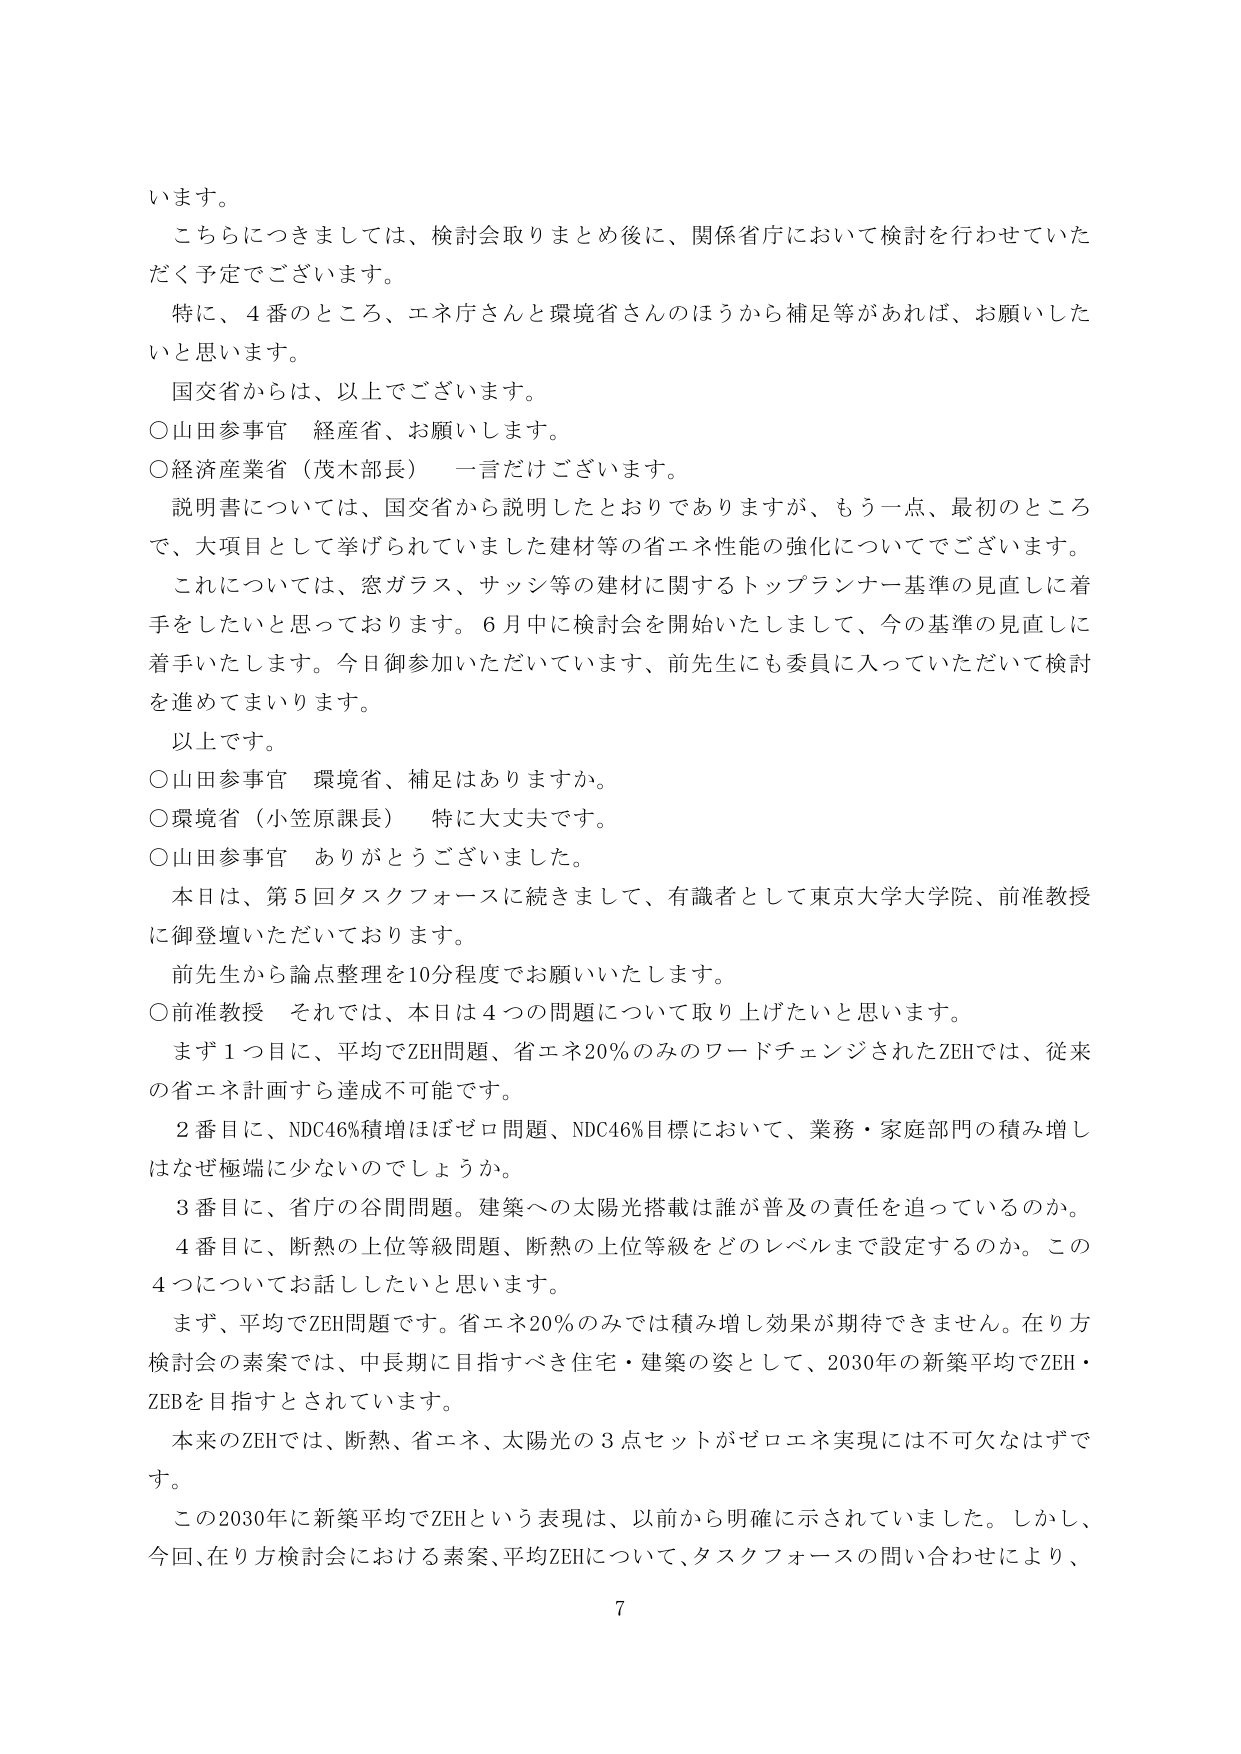
います。

こちらにつきましては、検討会取りまとめ後に、関係省庁において検討を行わせていただく予定でございます。

特に、4番のところ、エネ庁さんと環境省さんのほうから補足等があれば、お願いしたいと思います。

国交省からは、以上でございます。

○山田参事官 経産省、お願いします。

○経済産業省（茂木部長） 一言だけございます。

説明書については、国交省から説明したとおりでありますが、もう一点、最初のところで、大項目として挙げられていました建材等の省エネ性能の強化についてでございます。

これについては、窓ガラス、サッシ等の建材に関するトップランナー基準の見直しに着手をしたいと思っております。6月中に検討会を開始いたしまして、今の基準の見直しに着手いたします。今日御参加いただいています、前先生にも委員に入っていただいて検討を進めてまいります。

以上です。

○山田参事官 環境省、補足はありますか。

○環境省（小笠原課長） 特に大丈夫です。

○山田参事官 ありがとうございました。

本日は、第5回タスクフォースに続きまして、有識者として東京大学大学院、前准教授に御登壇いただいております。

前先生から論点整理を10分程度でお願いいたします。

○前准教授 それでは、本日は4つの問題について取り上げたいと思います。

まず1つ目に、平均でZEH問題、省エネ20％のみのワードチェンジされたZEHでは、従来の省エネ計画すら達成不可能です。

2番目に、NDC46％積増ほぼゼロ問題、NDC46％目標において、業務・家庭部門の積み増しはなぜ極端に少ないのでしょうか。

3番目に、省庁の谷間問題。建築への太陽光搭載は誰が普及の責任を追っているのか。

4番目に、断熱の上位等級問題、断熱の上位等級をどのレベルまで設定するのか。この4つについてお話したいと思います。

まず、平均でZEH問題です。省エネ20％のみでは積み増し効果が期待できません。在り方検討会の素案では、中長期に目指すべき住宅・建築の姿として、2030年の新築平均でZEH・ZEBを目指すとされています。

本来のZEHでは、断熱、省エネ、太陽光の3点セットがゼロエネ実現には不可欠なはずです。

この2030年に新築平均でZEHという表現は、以前から明確に示されていました。しかし、今回、在り方検討会における素案、平均ZEHについて、タスクフォースの問い合わせにより、

7